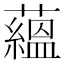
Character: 蘊